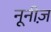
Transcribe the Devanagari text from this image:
नूनीज़